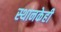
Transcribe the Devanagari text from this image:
स्थानकेही